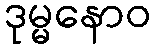
ဒုမ္မနောဝ